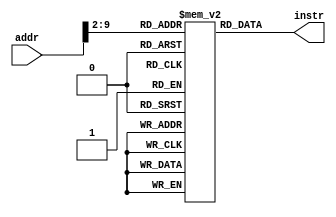
// UCA 2010
//=========================================================
// Instruction memory (read-only)
//=========================================================

module Instr_Memory(
    addr,
    instr
);

// Interface
input   [31:0]  addr;
output  [31:0]  instr;

// Instruction memory is byte-addressable, instructions are word-aligned
// Instruction memory with 256 32-bit words
// Instruction address range: 0x0000 ~ 0x03FC
parameter MEM_SIZE=256;
reg     [31:0] memory  [0:MEM_SIZE-1];

assign  instr = memory[addr>>2];  

endmodule